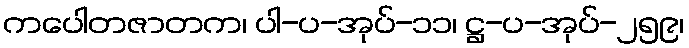
ကပေါတဇာတက၊ ပါ-ပ-အုပ်-၁၁၊ ဋ္ဌ-ပ-အုပ်-၂၅၉၊